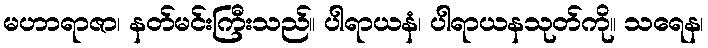
မဟာရာဇာ၊ နတ်မင်းကြီးသည်။ ပါရာယနံ၊ ပါရာယနသုတ်ကို။ သရေန၊